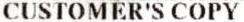
CUSTOMER'S COPY